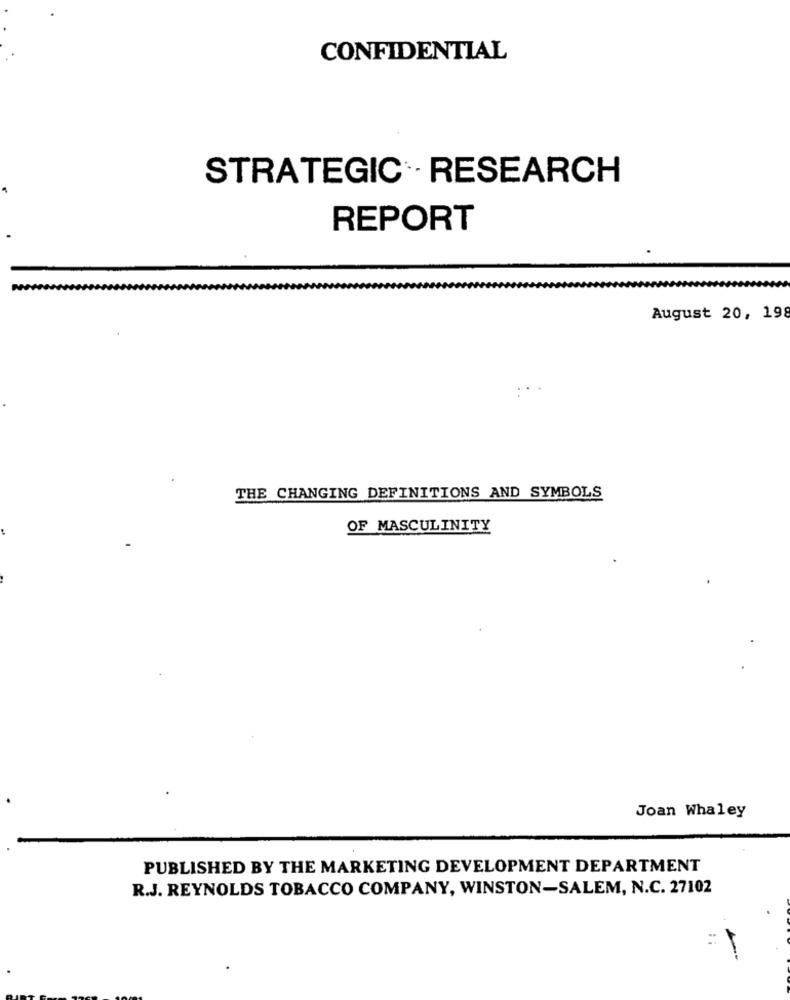
CONFIDENTIAL
STRATEGIC · RESEARCH
REPORT
August 20, 198
THE CHANGING DEFINITIONS AND SYMBOLS
OF MASCULINITY
Joan Whaley
PUBLISHED BY THE MARKETING DEVELOPMENT DEPARTMENT
R.J. REYNOLDS TOBACCO COMPANY, WINSTON-SALEM, N.C. 27102